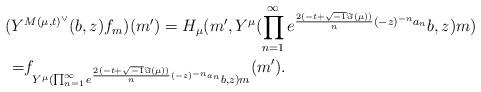
LaTeX: \begin{align*}(Y&^{M(\mu,t)^\vee}(b,z)f_m)(m')=H_\mu(m',Y^\mu(\prod_{n=1}^{\infty}e^{\frac{2(-t+\sqrt{-1}\Im(\mu))}{n}(-z)^{-n}a_n}b,z)m)\\=&f_{Y^\mu(\prod_{n=1}^{\infty}e^{\frac{2(-t+\sqrt{-1}\Im(\mu))}{n}(-z)^{-n}a_n}b,z)m}(m').\end{align*}